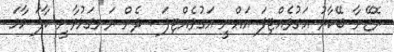
ރޮޒޭނާ ބޭކާރު އަގުވެއްޓިފަ އައްނީ އަގުވެއްޓިފަ . ދެން ރަނގަޅުވާނީ ކާފަ މާމަ